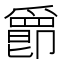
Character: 𤔴